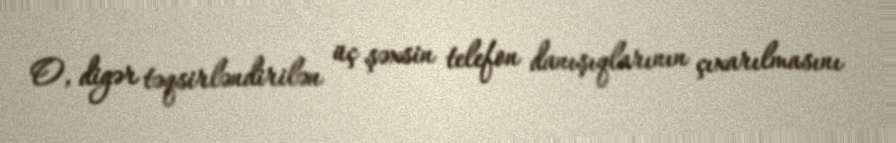
O, digər təqsirləndirilən üç şəxsin telefon danışıqlarının çıxarılmasını